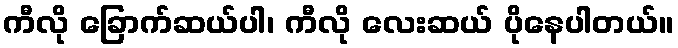
ကီလို ခြောက်ဆယ်ပါ၊ ကီလို လေးဆယ် ပိုနေပါတယ်။